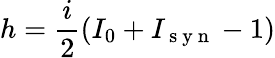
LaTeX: h=\frac{i}{2}(I_{0}+I_{\mathrm{~s~y~n~}}-1)